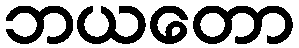
ဘယတော